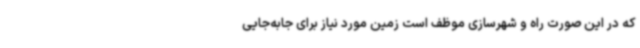
که در این صورت راه و شهرسازی موظف است زمین مورد نیاز برای جابه‌جایی